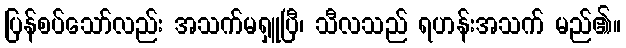
ပြန်စပ်သော်လည်း အသက်မရှူပြီ၊ သီလသည် ရဟန်းအသက် မည်၏။